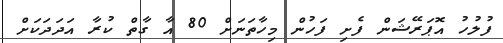
ފުލުހު އޮޕަރޭޝަން ފެށި ފަހުން މިހާތަނަށް 80 އާ ގާތް ކުރާ އަދަދަކަށް